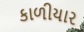
કાળીયાર